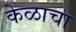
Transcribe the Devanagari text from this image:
केळाचा